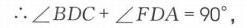
$\therefore\angle BDC+\angle FDA = 90^{\circ},$